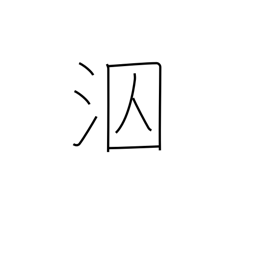
Meaning: swim